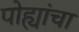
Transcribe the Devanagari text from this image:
पोह्यांचा